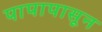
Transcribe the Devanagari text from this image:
पापापासून